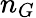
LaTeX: n_{G}